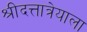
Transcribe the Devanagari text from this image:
श्रीदत्तात्रेयाला